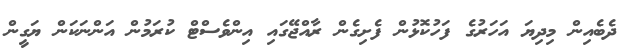
ދެބެއިން މިދިޔަ އަހަރުގެ ފަހުކޮޅުން ފެށިގެން ރާއްޖޭގައި އިންވެސްޓް ކުރަމުން އަންނަކަން ޔަގީން